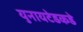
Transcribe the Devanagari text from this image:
युनायटेडकडे